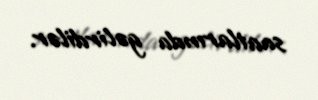
saatlarında gəlirdilər.